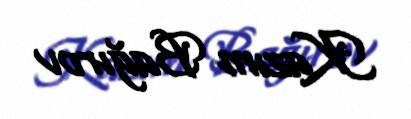
Kazım Bağırov